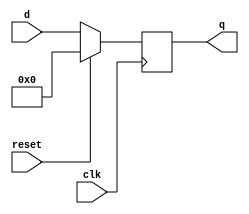
module top_module (
    input clk,
    input reset,            // Synchronous reset
    input [7:0] d,
    output [7:0] q
);
    wire [7:0] temp;
    always @(posedge clk) begin
        temp = reset ? 1'b0 : d;
        q <= temp;
    end
endmodule